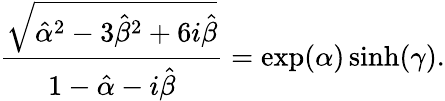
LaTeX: \frac{\sqrt{\hat{\alpha}^{2}-3\hat{\beta}^{2}+6i\hat{\beta}}}{1-\hat{\alpha}-i\hat{\beta}}=\exp(\alpha)\sinh(\gamma).